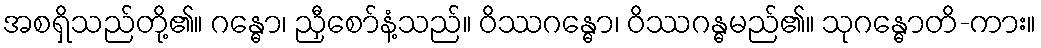
အစရှိသည်တို့၏။ ဂန္ဓော၊ ညှီစော်နံ့သည်။ ဝိဿဂန္ဓော၊ ဝိဿဂန္ဓမည်၏။ သုဂန္ဓောတိ-ကား။